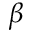
\beta